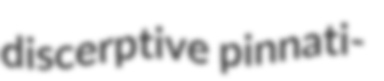
discerptive pinnati-